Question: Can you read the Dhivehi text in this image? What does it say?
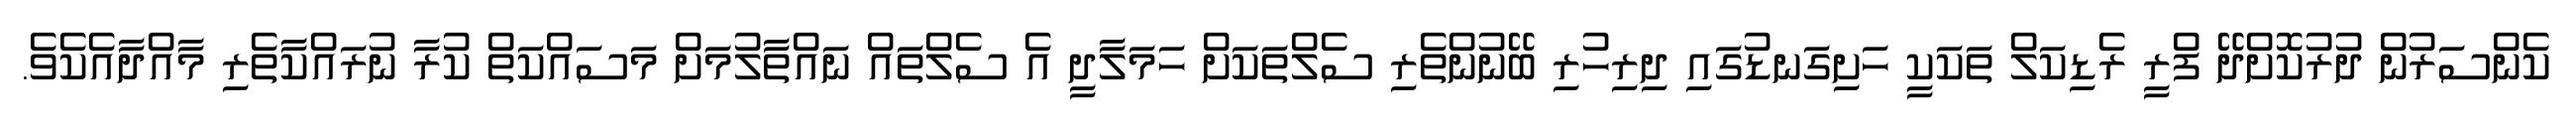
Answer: ކެންސަރުން ދުރުކޮށްދޭ ފްރީ ރެޑިކަލް ތަކަކީ ހަށިގަނޑުގައި ދިރިހުރި ބޭނުންތެރި ސެލްތަކަށް ހަމަލާދީ އެ ސެލްތައް ނައްތާލުމަށް މަސައްކަތް ކުރާ ނުރައްކާތެރި މާއްދާއެކެވެ.